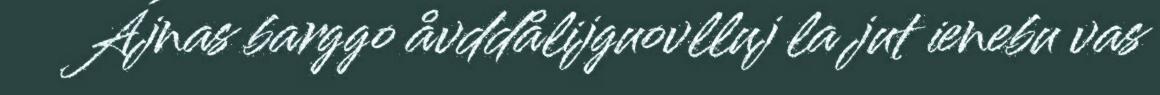
Ájnas barggo åvddålijguovlluj la jut ienebu vas